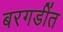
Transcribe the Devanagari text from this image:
बरगडींत